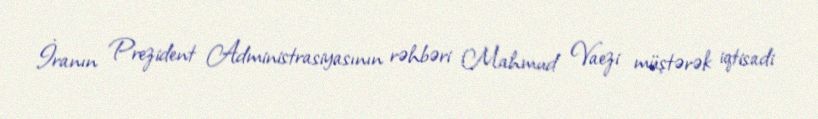
İranın Prezident Administrasiyasının rəhbəri Mahmud Vaezi müştərək iqtisadi